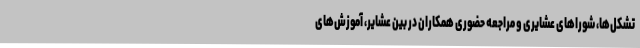
تشکل‌ها، شوراهای عشایری و مراجعه حضوری همکاران در بین عشایر، آموزش‌های